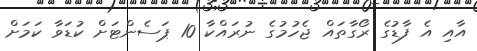
އާއި އެ ފާޑުގެ ރޯގާތައް ޖެހުމުގެ ނުރައްކާ 10 ޕަސެންޓަށް ކުޑަވާ ކަމަށް